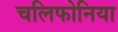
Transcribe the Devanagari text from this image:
चलिफोनिया